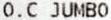
O.C JUMBO